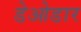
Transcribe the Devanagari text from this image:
डेओडार